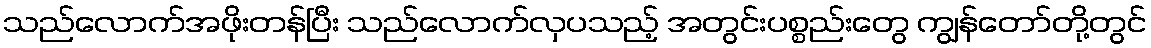
သည်လောက်အဖိုးတန်ပြီး သည်လောက်လှပသည့် အတွင်းပစ္စည်းတွေ ကျွန်တော်တို့တွင်